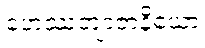
ဟေဿတျာဇာနိယော